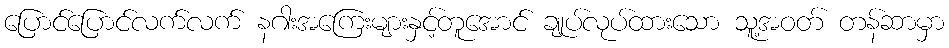
ပြောင်ပြောင်လက်လက် နဂါးအကြေးများနှင့်တူအောင် ချုပ်လုပ်ထားသော သူ့အဝတ် တန်ဆာမှာ